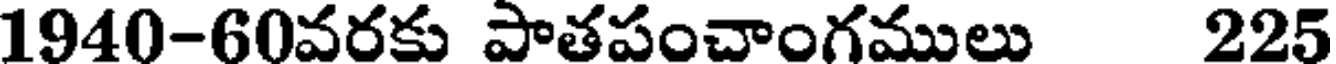
1940-60వరకు పాతపంచాంగములు 225